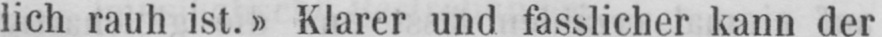
lich rauh ist.» Klarer und fasslicher kann der